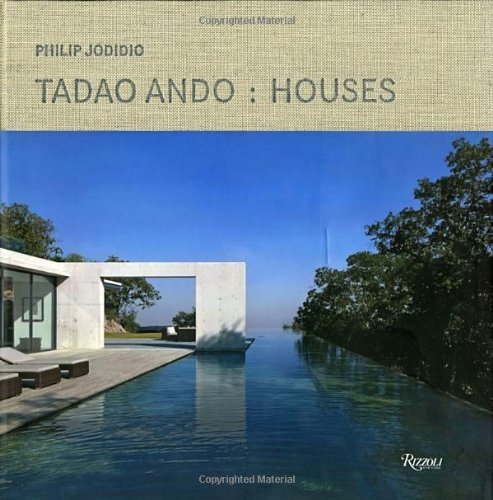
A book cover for Tadao Ando: Houses; Philip Jodidio; Arts & Photography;